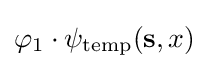
\varphi _{1}\cdot \psi _{\mathrm {temp} }({\bf {s}},x)